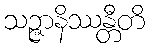
သဉ္ဇာနိဿန္တီတိ